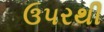
ઉ૫રથી